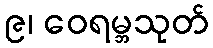
၉၊ ဝေရမ္ဘသုတ်